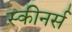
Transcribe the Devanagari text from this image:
स्कीनर्स